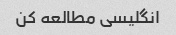
انگلیسی مطالعه کن